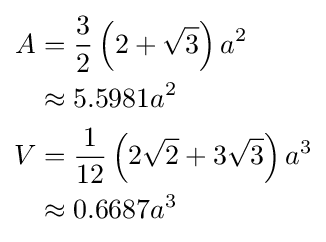
{\begin{aligned}A&={\frac {3}{2}}\left(2+{\sqrt {3}}\right)a^{2}\\&\approx 5.5981a^{2}\\V&={\frac {1}{12}}\left(2{\sqrt {2}}+3{\sqrt {3}}\right)a^{3}\\&\approx 0.6687a^{3}\end{aligned}}